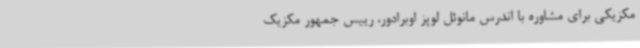
مکزیکی برای مشاوره با اندرس مانوئل لوپز اوبرادور، رییس جمهور مکزیک